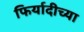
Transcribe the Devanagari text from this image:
फिर्यादीच्या